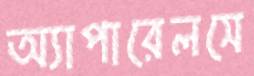
অ্যাপারেলসে